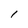
Character: l